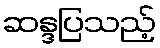
ဆန္ဒပြသည့်